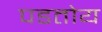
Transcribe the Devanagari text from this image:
पडतोय